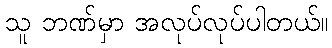
သူ ဘဏ်မှာ အလုပ်လုပ်ပါတယ်။